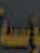
وسة